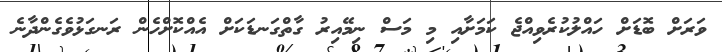
ވަރަށް ބޮޑަށް ހައްލުކުރެވިއްޖެ ކަމަށާއި މި މަސް ނިމޭއިރު ގާތްގަނޑަކަށް އެއްކޮށްހެން ރަނގަޅުވެގެންދާނެ